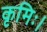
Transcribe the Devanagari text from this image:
कृमिः।